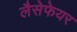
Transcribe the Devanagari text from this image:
लैसेफेयर